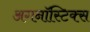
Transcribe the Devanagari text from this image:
अगनॉस्टिक्स